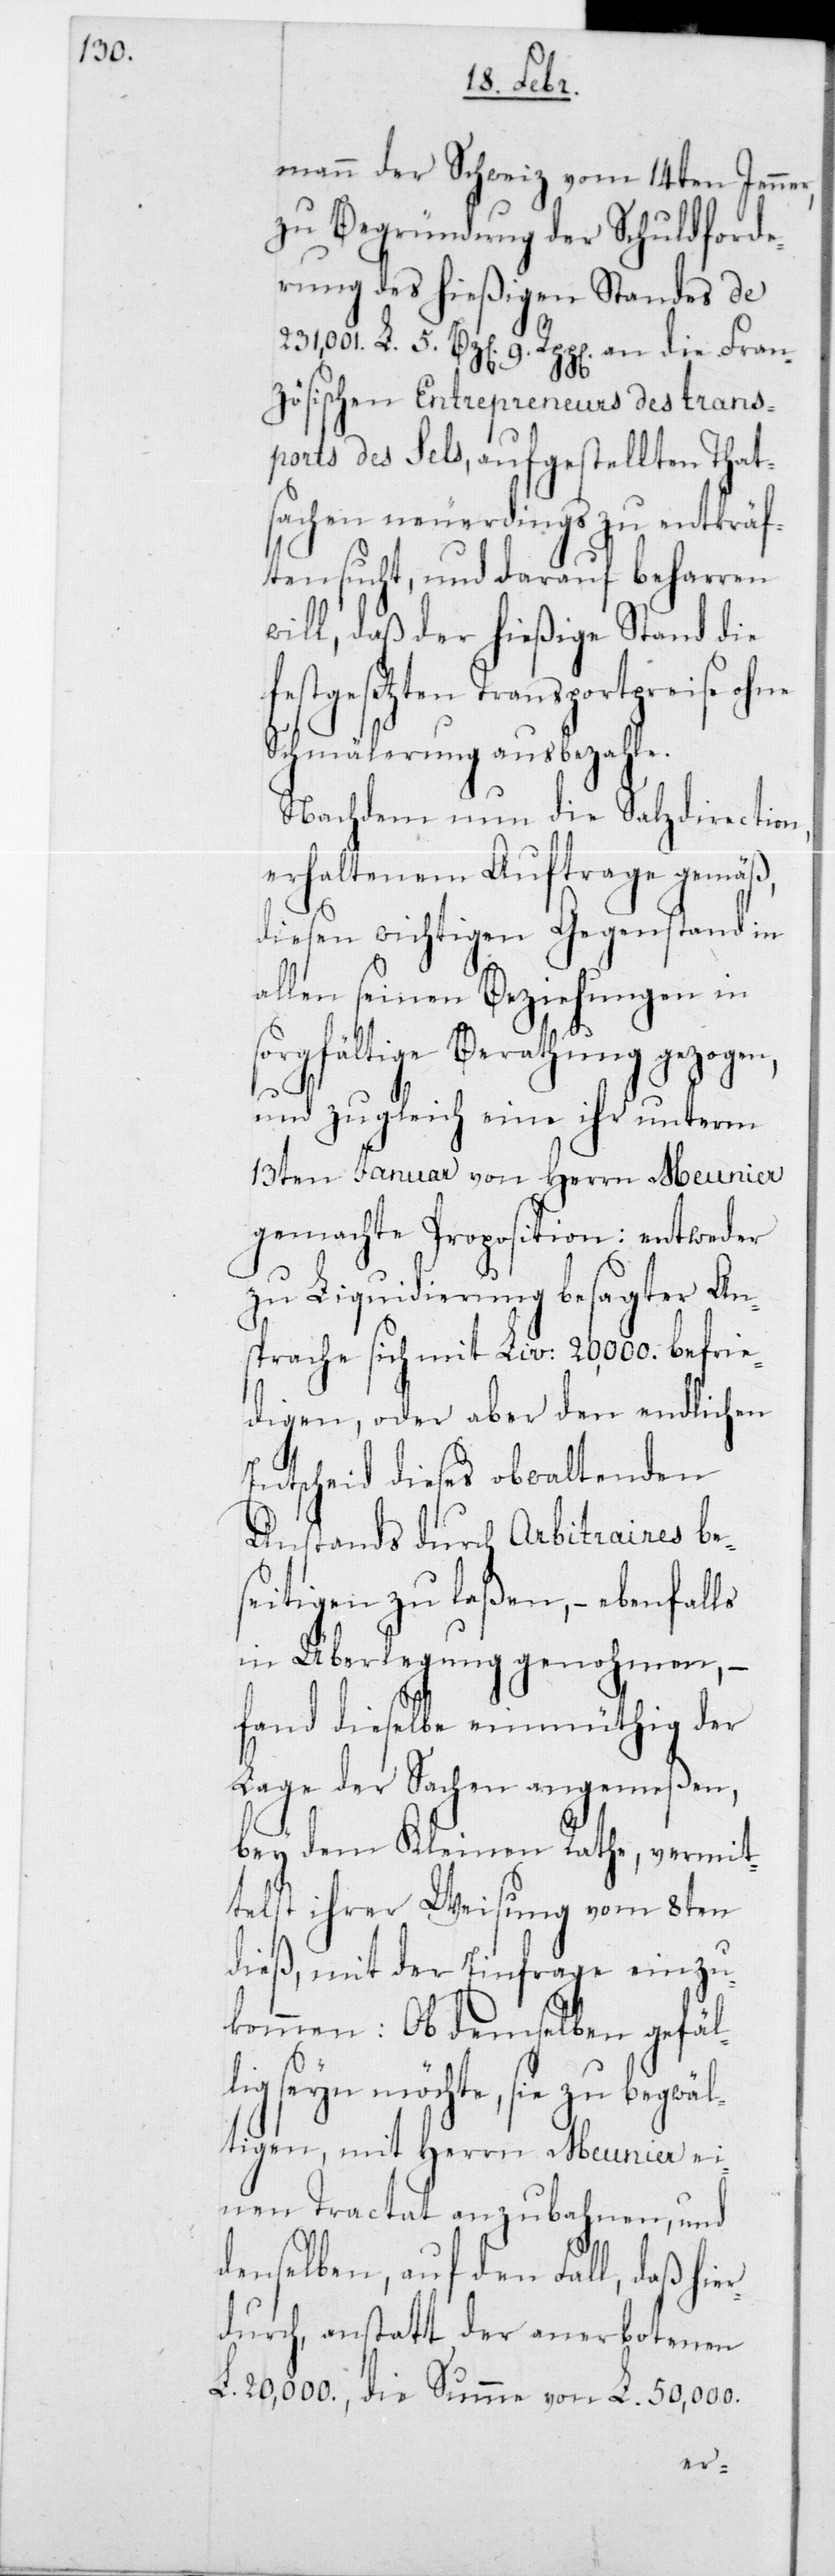
mann der Schweiz vom 14ten Jenner,
zu Begründung der Schuldforde¬
rung des hießigen Standes de
231,001 L. 5 Bz[en] 9 Rpp[en] an die Fran¬
zösischen Entrepreneurs des trans¬
ports des Sels, aufgestellten That¬
sachen neuerdings zu entkräf¬
ten sucht, und darauf beharren
will, daß der hießige Stand die
festgesetzten Transportpreise
Schmälerung ausbezahle.
Nachdem nun die Salzdirect¬
erhaltenem Auftrage gemäß,
diesen wichtigen Gegenstand in
allen seinen Beziehungen in
sorgfältige Berathung gezogen,
und zugleich eine ihr unterm
13ten Januar von Herrn Meunier
gemachte Proposition: entweder
zu Liquidierung besagter An¬
sprache sich mit Liv. 20,000 befrie¬
digen, oder aber den endlichen
Entscheid dieses obwaltenden
Anstands durch Arbitraires be¬
seitigen zu laßen, – ebenfalls
in Überlegung genohmen,
fand dieselbe einmüthig der
Lage der Sachen angemeß¬
bey dem Kleinen Rathe, vermit¬
telst ihrer Weisung vom 8ten
dieß, mit der Einfrage einzu¬
kommen: Ob demselben gefäl¬
lig seyn möchte, sie zu begwäl¬
tigen, mit Herrn Meunier ei¬
nen Tractat anzubahnen, und
denselben, auf den Fall, daß hier¬
durch, anstatt der anerbotenen
L. 20,000, die Summe von L. 50,000
en,